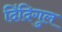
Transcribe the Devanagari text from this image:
दिंदिगुल